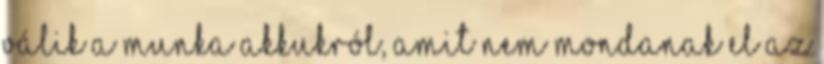
válik A munka akkukról, amit nem mondanak el Az